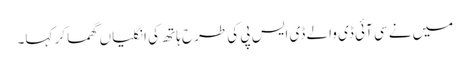
میں نے سی آئی ڈی والے ڈی ایس پی کی طرح ہاتھ کی انگلیاں گھما کر کہا۔